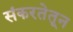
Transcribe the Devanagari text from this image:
संकरतेतून